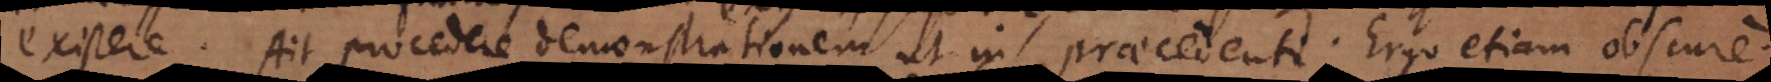
existere. Ait procedere demonstrationem ut in praecedenti. Ergo etiam obscure.